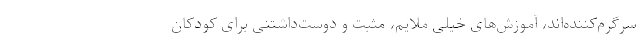
سرگرم‌کننده‌اند، آموزش‌های خیلی ملایم، مثبت و دوست‌داشتنی برای کودکان